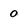
Character: 0